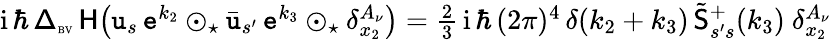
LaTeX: \begin{array}{r}{{\mathrm{i}}\, \hbar\, {\mathsf\Delta}_{\textrm{\tiny BV}}\, \mathsf{H}\big(\mathtt{u}_{s}\, \mathtt{e}^{k_{2}}\odot_{\star}\bar{\mathtt{u}}_{s^{\prime}}\, \mathtt{e}^{k_{3}}\odot_{\star}\delta_{x_{2}}^{A_{\nu}}\big)=\frac 23\, {\mathrm{i}}\, \hbar\, (2\pi)^{4}\, \delta(k_{2}+k_{3})\, \tilde{\mathsf{S}}_{s^{\prime}s}^{+}(k_{3})\ \delta_{x_{2}}^{A_{\nu}}}\end{array}